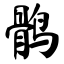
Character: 鹘